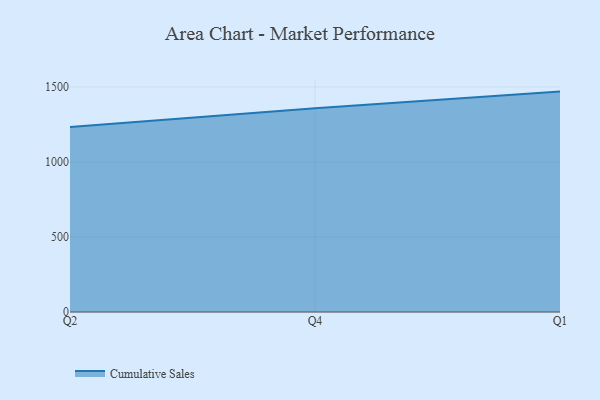
{"axis": {"x": "Quarter", "y": "Tickets Resolved"}, "legend": ["Cumulative Sales"], "data": [{"x": "Q2", "y": 1233.1, "type": "Cumulative Sales"}, {"x": "Q4", "y": 1357.5, "type": "Cumulative Sales"}, {"x": "Q1", "y": 1468.8, "type": "Cumulative Sales"}]}